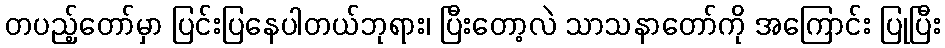
တပည့်တော်မှာ ပြင်းပြနေပါတယ်ဘုရား၊ ပြီးတော့လဲ သာသနာတော်ကို အကြောင်း ပြုပြီး